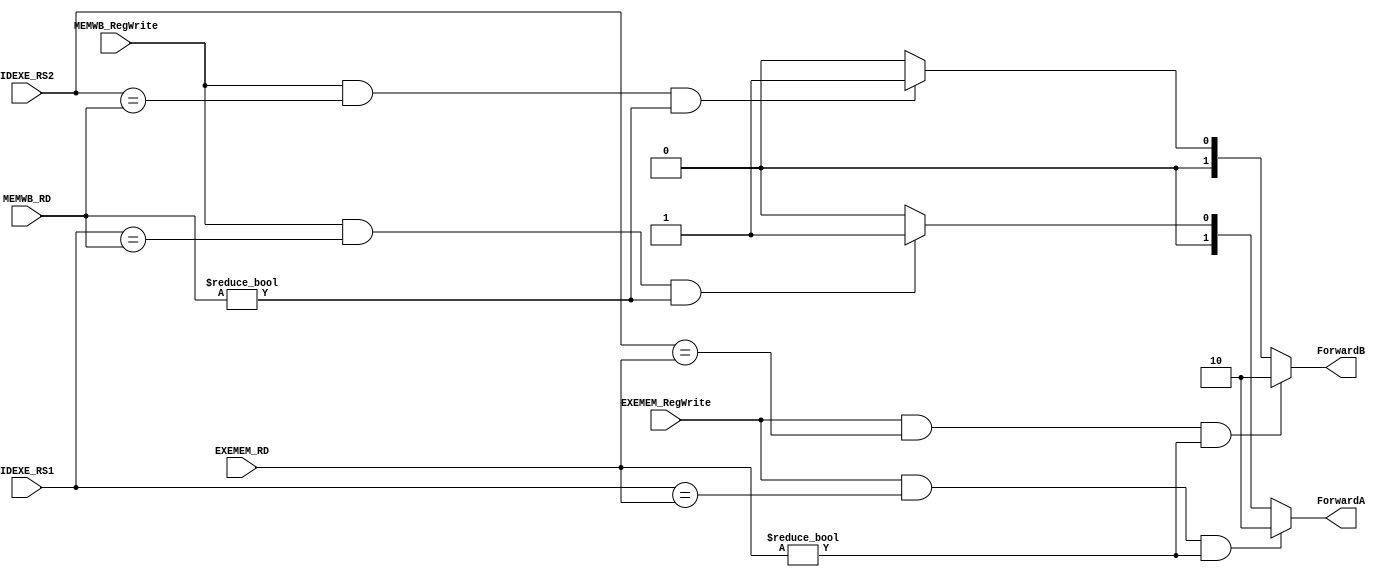
`timescale 1ns/1ps
module ForwardingUnit (
    input [5-1:0] IDEXE_RS1,
    input [5-1:0] IDEXE_RS2,
    input [5-1:0] EXEMEM_RD,
    input [5-1:0] MEMWB_RD,
    input         EXEMEM_RegWrite, // RegWrite is at index 2
    input         MEMWB_RegWrite,
    output reg [2-1:0] ForwardA,
    output reg [2-1:0] ForwardB
);
/* Write your code HERE */
always @* begin
    if(EXEMEM_RegWrite==1'b1 && IDEXE_RS1 == EXEMEM_RD && EXEMEM_RD != 0)begin
        ForwardA = 2'b10;
    end else if(MEMWB_RegWrite==1'b1 && IDEXE_RS1 == MEMWB_RD && MEMWB_RD != 0) begin
        ForwardA = 2'b01;
    end else begin 
        ForwardA = 2'b00;
    end
    
    if(EXEMEM_RegWrite==1'b1 && IDEXE_RS2 == EXEMEM_RD && EXEMEM_RD != 0)begin
        ForwardB =  2'b10;
    end else if(MEMWB_RegWrite==1'b1 && IDEXE_RS2 == MEMWB_RD && MEMWB_RD != 0) begin
        ForwardB = 2'b01;
    end else  begin
        ForwardB = 2'b00;
    end
end
endmodule